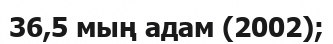
36,5 мың адам (2002);